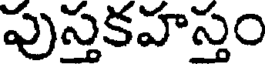
పుస్తకహస్తం